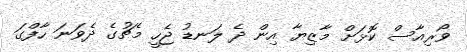
ވޯރިއާސް ކޮޅަށް މާޒިޔާ އިން ދެ ލަނޑު ޖެހީ މެޗުގެ ދެވަނަ ހާފްގަ